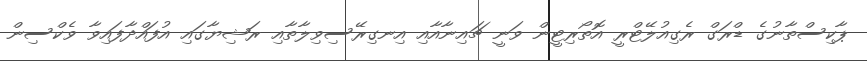
ޕާކިސްތާނުގެ ޑްރަގް ރެގިއުލޭޓްރީ އޮތޯރިޓީން ވަނީ ޗައިނާއާއި އިނގިރޭސިވިލާތާއި ރަޝިޔާގައި އުފައްދާފައިވާ ވެކްސިން